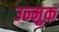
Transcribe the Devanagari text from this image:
उन्मुक